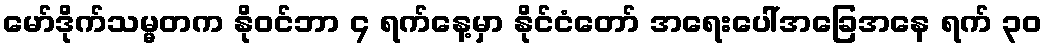
မော်ဒိုက်သမ္မတက နိုဝင်ဘာ ၄ ရက်နေ့မှာ နိုင်ငံတော် အရေးပေါ်အခြေအနေ ရက် ၃၀